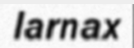
larnax